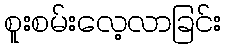
စူးစမ်းလေ့လာခြင်း